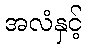
အလံနှင့်